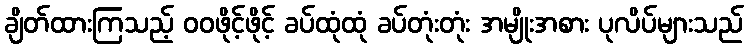
ချိတ်ထားကြသည့် ဝဝဖိုင့်ဖိုင့် ခပ်ထုံထုံ ခပ်တုံးတုံး အမျိုးအစား ပုလိပ်များသည်